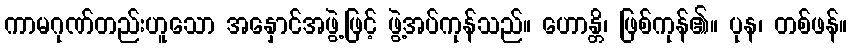
ကာမဂုဏ်တည်းဟူသော အနှောင်အဖွဲ့ဖြင့် ဖွဲ့အပ်ကုန်သည်။ ဟောန္တိ၊ ဖြစ်ကုန်၏။ ပုန၊ တစ်ဖန်။